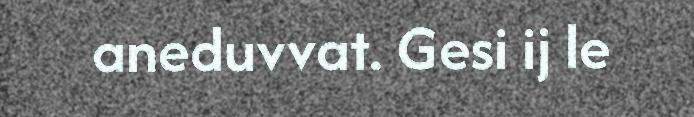
aneduvvat. Gesi ij le